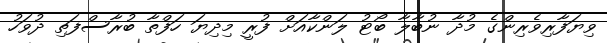
ވިޔަފާރިވެރިންގެ މުދާ ނުބާލާ ބޯޓު ލަންކާއަށް ފުރީ މިދިޔަ ހަފްތާ ބުރާސްފަތި ދުވަހު